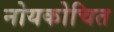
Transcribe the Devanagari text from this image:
नोयकोचित